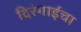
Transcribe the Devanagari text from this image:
दिरंगाईचा